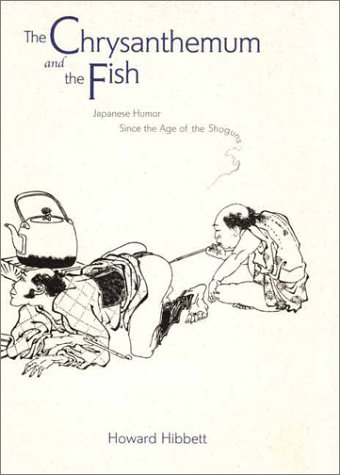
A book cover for The Chrysanthemum and the Fish: Japanese Humor Since the Age of the Shoguns; Howard Hibbett; Humor & Entertainment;